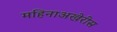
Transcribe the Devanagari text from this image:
महिनाअखेरीस